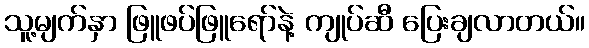
သူ့မျက်နှာ ဖြူဖပ်ဖြူရော်နဲ့ ကျုပ်ဆီ ပြေးချလာတယ်။